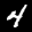
Label: 4